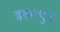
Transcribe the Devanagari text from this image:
इलापुत्र